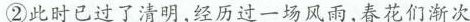
②此时已过了清明,经历过一场风雨,春花们渐次